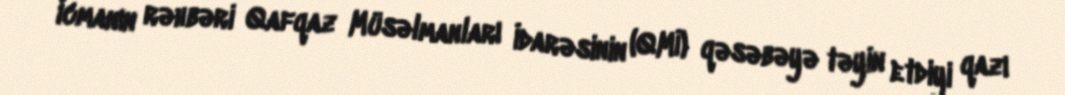
İcmanın rəhbəri Qafqaz Müsəlmanları İdarəsinin (QMİ) qəsəbəyə təyin etdiyi qazı